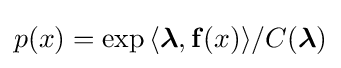
p(x)={\exp \left\langle {\boldsymbol {\lambda }},\mathbf {f} (x)\right\rangle }/{C({\boldsymbol {\lambda }})}